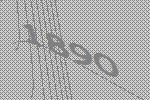
1890